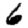
Digit: 6